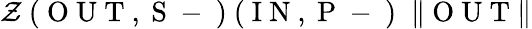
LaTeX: \mathcal{Z}\mathrm{~(~O~U~T~,~S~-~)~(~I~N~,~P~-~)~}\; \| \mathrm{~O~U~T~}\|